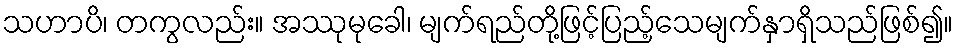
သဟာပိ၊ တကွလည်း။ အဿုမုခေါ၊ မျက်ရည်တို့ဖြင့်ပြည့်သေမျက်နှာရှိသည်ဖြစ်၍။